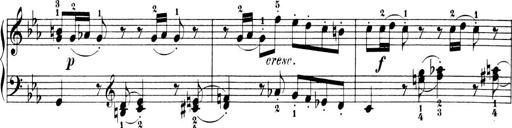
Title: 6 Piano Sonatinas
Composer: Cornelius Gurlitt